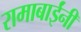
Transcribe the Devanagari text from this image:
रामाबाईंनी